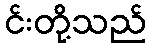
င်းတို့သည်